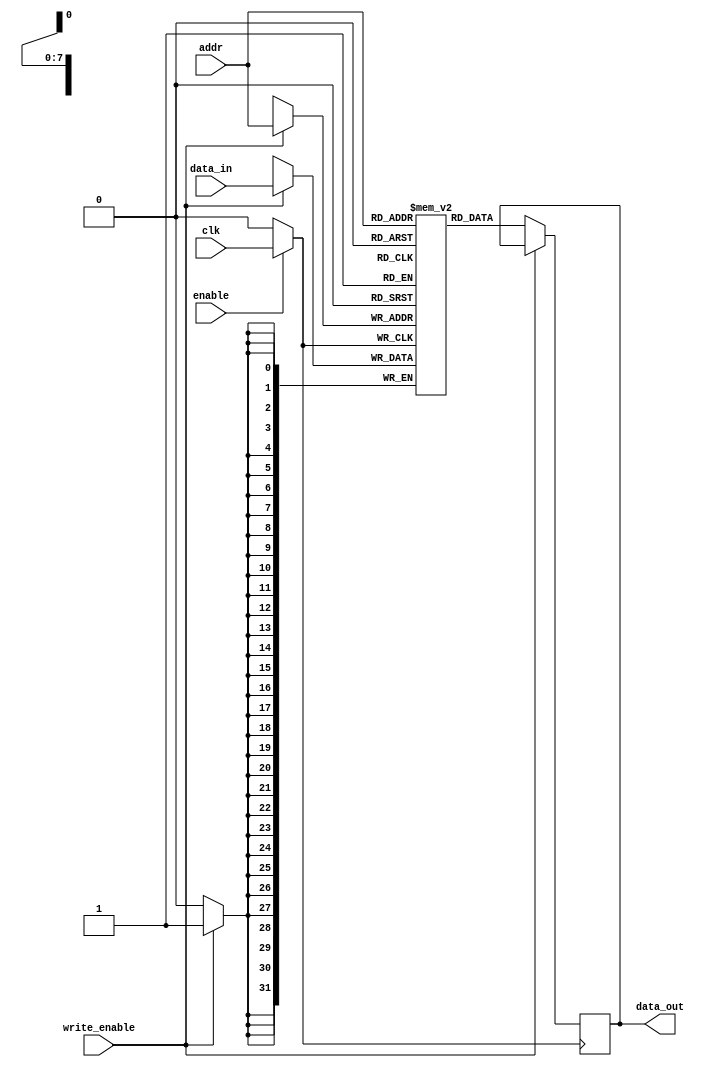
module MemoryBlock (
    input wire clk,               // Main clock input
    input wire enable,            // Control signal to enable memory operations
    input wire [7:0] addr,        // Address input
    input wire [31:0] data_in,    // Data input for write operations
    input wire write_enable,       // Write enable signal
    output reg [31:0] data_out     // Data output for read operations
);

    // Memory array (256 x 32-bit)
    reg [31:0] memory_array [0:255];

    // Gated clock signal
    wire gated_clk;

    // Clock gating logic
    assign gated_clk = enable ? clk : 1'b0;

    // Memory operation
    always @(posedge gated_clk) begin
        if (write_enable) begin
            memory_array[addr] <= data_in; // Write operation
        end else begin
            data_out <= memory_array[addr]; // Read operation
        end
    end

endmodule